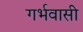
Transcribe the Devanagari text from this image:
गर्भवासी